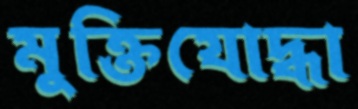
মুক্তিযোদ্ধা